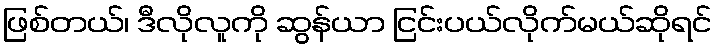
ဖြစ်တယ်၊ ဒီလိုလူကို ဆွန်ယာ ငြင်းပယ်လိုက်မယ်ဆိုရင်